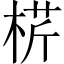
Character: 𣔠